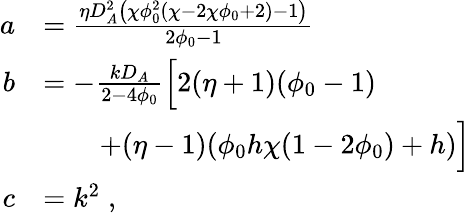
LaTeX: \begin{array}{rl}{a}&{=\frac{\eta D_{A}^{2}\left(\chi\phi_{0}^{2}\left(\chi-2\chi\phi_{0}+2\right)-1\right)}{2\phi_{0}-1}}\\ {b}&{=-\frac{kD_{A}}{2-4\phi_{0}}\Bigl[2(\eta+1)(\phi_{0}-1)}\\ &{\qquad+(\eta-1)(\phi_{0}h\chi(1-2\phi_{0})+h)\Bigr]}\\ {c}&{=k^{2}\; ,}\end{array}